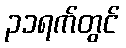
၃၁ရက်တွင်